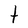
Character: t